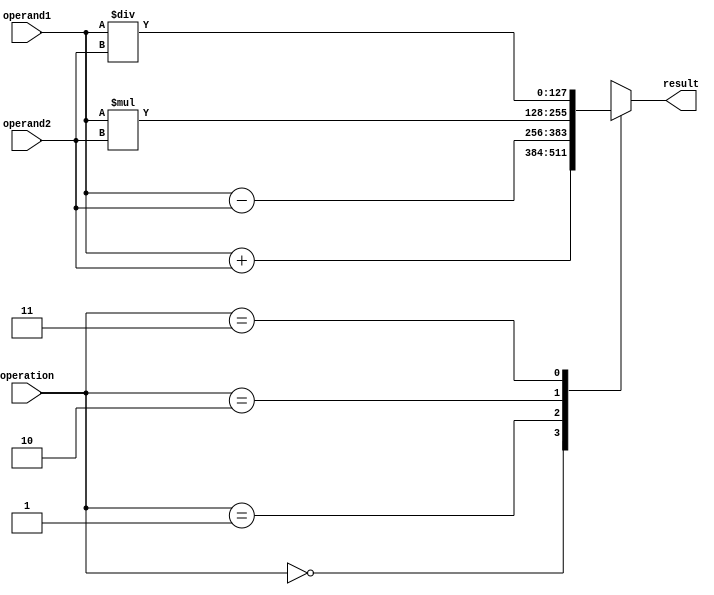
module quad_precision_float_unit (
    input wire [127:0] operand1,
    input wire [127:0] operand2,
    input wire [3:0] operation,
    output wire [127:0] result
);

// Components for addition, subtraction, multiplication, division operations

always @ (*) begin
    case(operation)
        4'b0000: result = operand1 + operand2; // Addition
        4'b0001: result = operand1 - operand2; // Subtraction
        4'b0010: result = operand1 * operand2; // Multiplication
        4'b0011: result = operand1 / operand2; // Division
        default: result = 128'hxxxxxxxxxxxxxxxxxxxxxxxxxxxxxxxx; // Default value for unsupported operation
    endcase
end

// Functionality for rounding and normalization

// Control logic and datapath for processing floating point numbers

endmodule